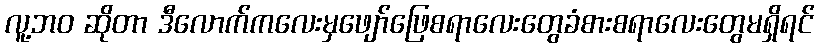
လူ့ဘဝ ဆိုတာ ဒီလောက်ကလေးမှဖျော်ဖြေစရာလေးတွေခံစားစရာလေးတွေမရှိရင်